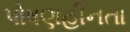
પોષણહીનતા